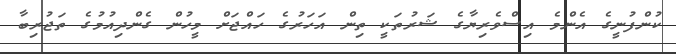
ކުންފުނީގެ އެންމެ އިސްވެރިޔާގެ ޝަރުތަކީ ތިން އަހަރުގެ ހައްޖަށް މީހުން ގެންދިއުމުގެ ތަޖުރިބާ